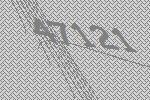
47121